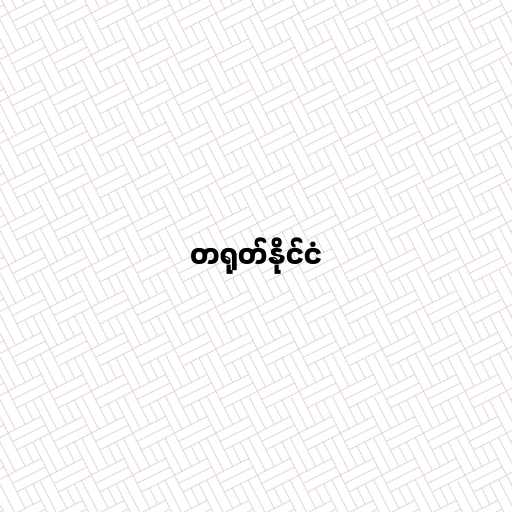
တရုတ်နိုင်ငံ